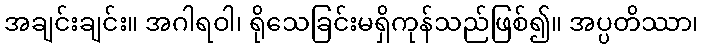
အချင်းချင်း။ အဂါရဝါ၊ ရိုသေခြင်းမရှိကုန်သည်ဖြစ်၍။ အပ္ပတိဿာ၊